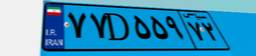
۷۷D۵۵۹۷۲